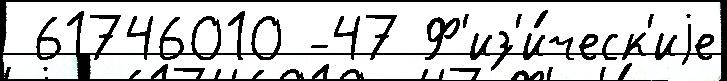
 61746010 -47 Ф'из'и́ческ'иjе